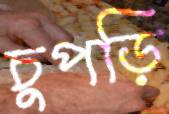
চুপড়ি